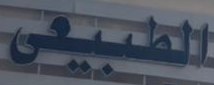
الطبيعى